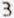
3